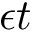
\epsilon t